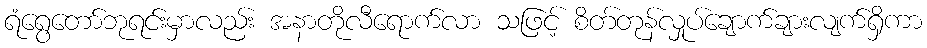
ရံရွေတော်ဘုရင်းမှာလည်း အနာတိုလီရောက်လာ သဖြင့် စိတ်တုန်လှုပ်ချောက်ချားလျက်ရှိကာ